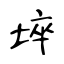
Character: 埣